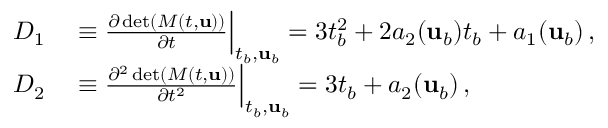
\begin{array} { r l } { D _ { 1 } } & { { } \equiv \frac { \partial \operatorname* { d e t } ( M ( t , { \mathbf { u } } ) ) } { \partial t } \Big \vert _ { t _ { b } , { \mathbf { u } } _ { b } } = 3 t _ { b } ^ { 2 } + 2 a _ { 2 } ( { \mathbf { u } } _ { b } ) t _ { b } + a _ { 1 } ( { \mathbf { u } } _ { b } ) \, , } \\ { D _ { 2 } } & { { } \equiv \frac { \partial ^ { 2 } \operatorname* { d e t } ( M ( t , { \mathbf { u } } ) ) } { \partial t ^ { 2 } } \Big \vert _ { t _ { b } , { \mathbf { u } } _ { b } } = 3 t _ { b } + a _ { 2 } ( { \mathbf { u } } _ { b } ) \, , } \end{array}